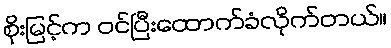
စိုးမြင့်က ဝင်ပြီးထောက်ခံလိုက်တယ်။